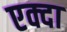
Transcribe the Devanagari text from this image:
एक्दा